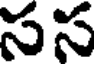
సస